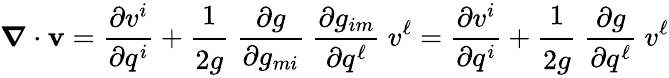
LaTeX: {\boldsymbol{\nabla}}\cdot\mathbf{v}={\frac{\partial v^{i}}{\partial q^{i}}}+{\cfrac{1}{2g}}~{\frac{\partial g}{\partial g_{mi}}}~{\frac{\partial g_{im}}{\partial q^{\ell}}}~v^{\ell}={\frac{\partial v^{i}}{\partial q^{i}}}+{\cfrac{1}{2g}}~{\frac{\partial g}{\partial q^{\ell}}}~v^{\ell}